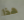
هذا